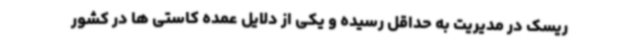
ریسک در مدیریت به حداقل رسیده و یکی از دلایل عمده کاستی ها در کشور